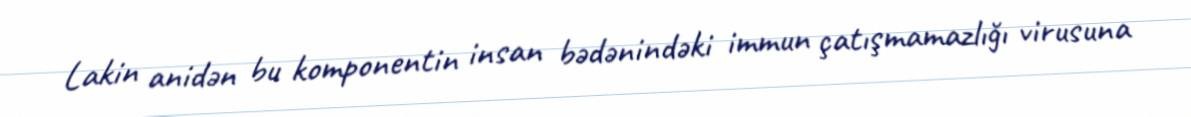
Lakin anidən bu komponentin insan bədənindəki immun çatışmamazlığı virusuna